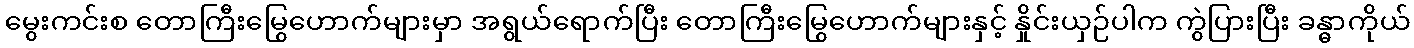
မွေးကင်းစ တောကြီးမြွေဟောက်များမှာ အရွယ်ရောက်ပြီး တောကြီးမြွေဟောက်များနှင့် နှိုင်းယှဉ်ပါက ကွဲပြားပြီး ခန္ဓာကိုယ်